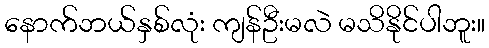
နောက်ဘယ်နှစ်လုံး ကျန်ဦးမလဲ မသိနိုင်ပါဘူး။